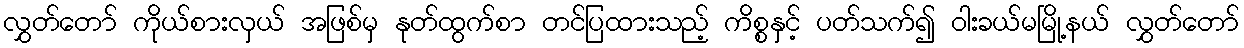
လွှတ်တော် ကိုယ်စားလှယ် အဖြစ်မှ နုတ်ထွက်စာ တင်ပြထားသည့် ကိစ္စနှင့် ပတ်သက်၍ ဝါးခယ်မမြို့နယ် လွှတ်တော်